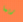
ربما